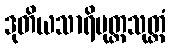
ဒုတိယသာရိပုတ္တသုတ္တံ